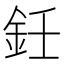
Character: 鈓